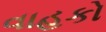
વાહકો